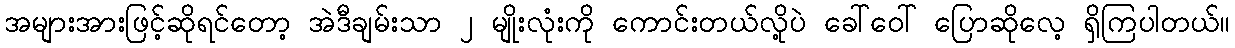
အများအားဖြင့်ဆိုရင်တော့ အဲဒီချမ်းသာ ၂ မျိုးလုံးကို ကောင်းတယ်လို့ပဲ ခေါ်ဝေါ် ပြောဆိုလေ့ ရှိကြပါတယ်။